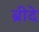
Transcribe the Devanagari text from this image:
ब्रीदे